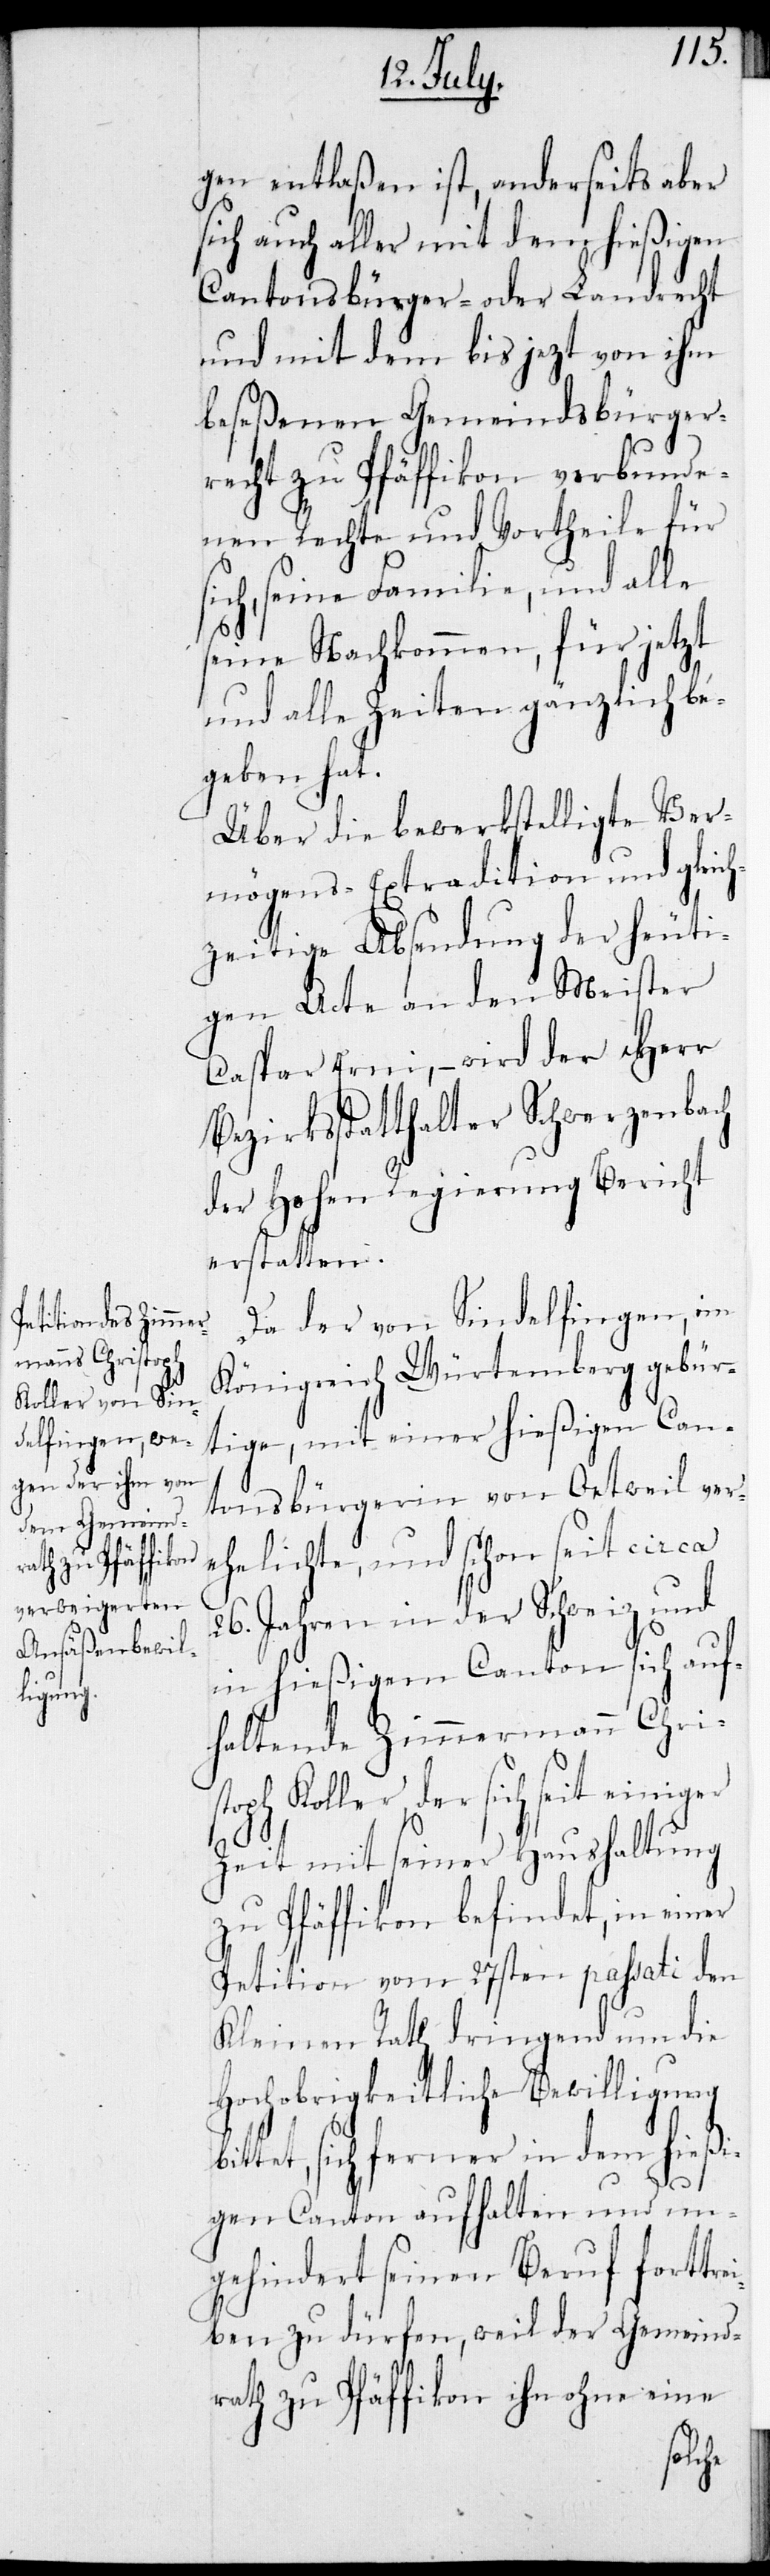
gen entlaßen ist, anderseits aber
sich auch aller mit dem hießigen
Cantonsbürger- oder Landrecht
und mit dem bis jezt, von ihm
beseßenen Gemeindsbürger¬
recht zu Pfäffikon verbunde¬
nen Rechte und Vortheile für
seine Familie, und alle
seine Nachkommen, für jetzt
und alle Zeiten gänzlich be¬
geben hat.
Über die bewerkstelligte Ver¬
mögens-Extradition und gleich¬
zeitige Absendung der heuti¬
gen Acte an den Meister
Caspar Erni, – wird der Herr
Bezirksstatthalter Schwerzenbach
der Hohen Regierung Bericht
erstatten.
Da der von Sindelfingen, im
Königreich Würtemberg gebür¬
tige, mit einer hießigen Can¬
tonsbürgerin von Oetweil ver¬
ehelichte, und schon seit circa
26. Jahren in der Schweiz und
in hießigem Canton sich auf¬
haltende Zimmermann Chri¬
oph Koller, der sich seit
Zeit mit seiner Haushaltung
zu Pfäffikon befindet, in einer
Petition vom 27sten passati den
Kleinen Rath dringend um die
Hochobrigkeitliche Bewilligung
bittet, sich ferner in dem hießi¬
gen Canton aufhalten und un¬
gehindert seinen Beruf forttre¬
iben zu dürfen, weil der Gemeind¬
rath zu Pfäffikon ihn ohne eine
st¬